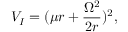
V _ { I } = ( \mu r + \frac { \Omega ^ { 2 } } { 2 r } ) ^ { 2 } ,